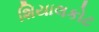
શિયાલકોટ